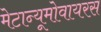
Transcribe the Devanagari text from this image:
मेटान्यूमोवायरस